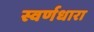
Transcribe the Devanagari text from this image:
स्वर्णधारा